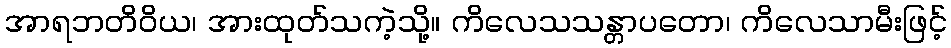
အာရဘတိဝိယ၊ အားထုတ်သကဲ့သို့။ ကိလေသသန္တာပတော၊ ကိလေသာမီးဖြင့်